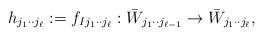
LaTeX: \begin{align*} h_{j_1\cdot \cdot j_{\ell}}:= f_{Ij_1\cdot \cdot j_{\ell}}:\bar W_{j_1\cdot \cdot j_{\ell-1}} \to \bar W_{j_1\cdot \cdot j_{\ell}},\end{align*}